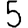
Digit: 5